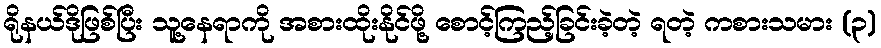
ရိုနယ်ဒိုဖြစ်ပြီး သူ့နေရာကို အစားထိုးနိုင်ဖို့ စောင့်ကြည့်ခြင်းခဲ့တဲ့ ရတဲ့ ကစားသမား (၃)